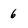
Character: 6